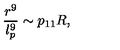
\frac { r ^ { 9 } } { l _ { p } ^ { 9 } } \sim p _ { 1 1 } R ,